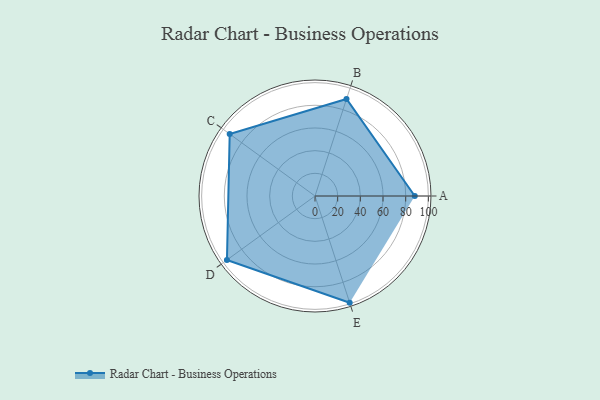
{"axis": {"x": "Skill", "y": "Score"}, "legend": ["Profile"], "data": [{"x": "A", "y": 88.0, "type": "Profile"}, {"x": "B", "y": 90.0, "type": "Profile"}, {"x": "C", "y": 93.0, "type": "Profile"}, {"x": "D", "y": 96.0, "type": "Profile"}, {"x": "E", "y": 99, "type": "Profile"}]}